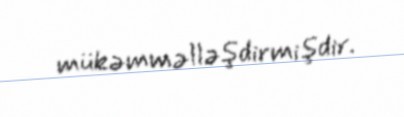
mükəmməlləşdirmişdir.